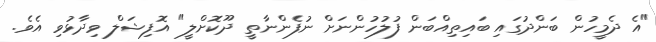
"އެ ދެމީހުން ބަންދުގައި ބައިތިއްބަން ފުލުހުންނަށް ނުފެންނާތީ ދޫކޮށްލީ" އޮފިޝަލް ވިދާޅުވި އެވެ.